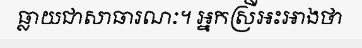
ធ្លាយជាសាធារណៈ។ អ្នកស្រីអះអាងថា